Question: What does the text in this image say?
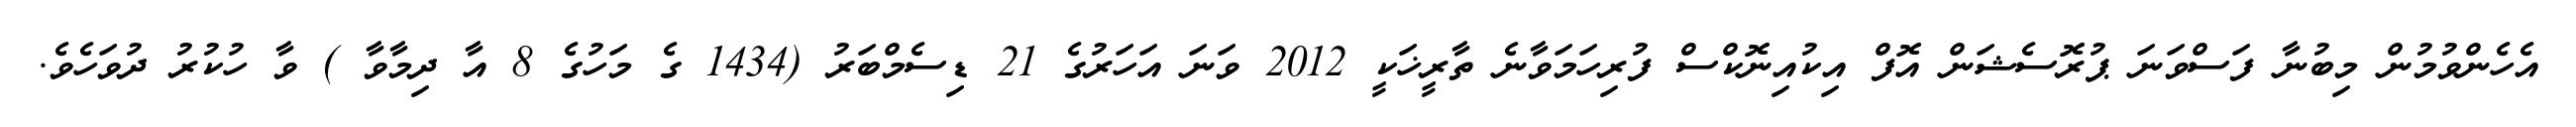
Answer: އެހެންވުމުން މިބުނާ ފަސްވަނަ ޕުރޮސެޝަން އޮފް އިކުއިނޮކްސް ފުރިހަމަވާނެ ތާރީޚަކީ 2012 ވަނަ އަހަރުގެ 21 ޑިސެމްބަރު (1434 ގެ މަހުގެ 8 އާ ދިމާވާ ) ވާ ހުކުރު ދުވަހެވެ.